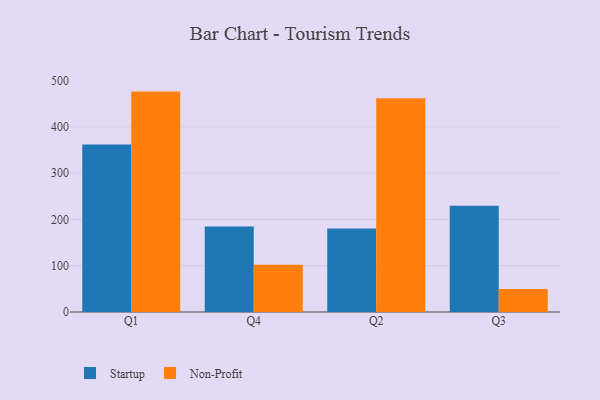
{"axis": {"x": "Quarter", "y": "Temperature (°C)"}, "legend": ["Non-Profit", "Startup"], "data": [{"x": "Q1", "y": 361.9, "type": "Startup"}, {"x": "Q1", "y": 476.1, "type": "Non-Profit"}, {"x": "Q4", "y": 184.6, "type": "Startup"}, {"x": "Q4", "y": 102.0, "type": "Non-Profit"}, {"x": "Q2", "y": 180.5, "type": "Startup"}, {"x": "Q2", "y": 461.6, "type": "Non-Profit"}, {"x": "Q3", "y": 229.5, "type": "Startup"}, {"x": "Q3", "y": 49.9, "type": "Non-Profit"}]}